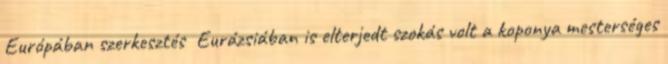
Európában szerkesztés Eurázsiában is elterjedt szokás volt a koponya mesterséges